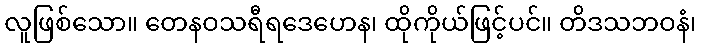
လူဖြစ်သော။ တေနဝသရီရဒေဟေန၊ ထိုကိုယ်ဖြင့်ပင်။ တိဒသဘဝနံ၊